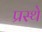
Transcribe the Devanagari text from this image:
प्रस्थे